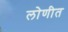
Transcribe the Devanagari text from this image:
लोणीत